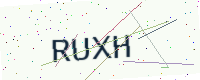
Text: RUXH